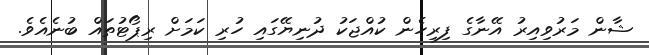
ޝާން މަރުވިއިރު އޭނާގެ ފިރިހެން ކުއްޖަކު ދުނިޔޭގައި ހުރި ކަމަށް ރިޕޯޓުތައް ބުނެއެވެ.